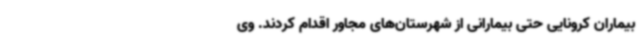
بیماران کرونایی حتی بیمارانی از شهرستان‌های مجاور اقدام کردند. ‌وی